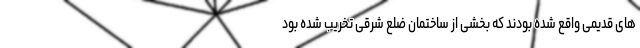
های قدیمی واقع شده بودند که بخشی از ساختمان ضلع شرقی تخریب شده بود